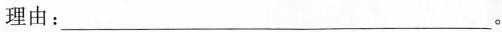
理由：___。